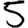
Digit: 5